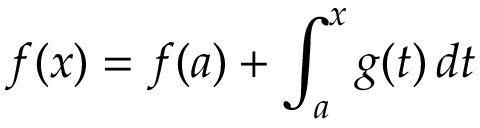
f ( x ) = f ( a ) + \int _ { a } ^ { x } g ( t ) \, d t